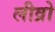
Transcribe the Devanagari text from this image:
लीव्रो